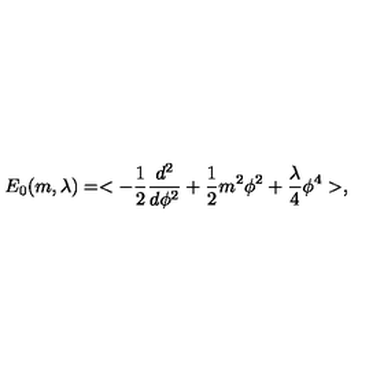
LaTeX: E _ { 0 } ( m , \lambda ) = < - { \frac { 1 } { 2 } } { \frac { d ^ { 2 } } { d \phi ^ { 2 } } } + { \frac { 1 } { 2 } } m ^ { 2 } \phi ^ { 2 } + \frac { \lambda } { 4 } \phi ^ { 4 } > ,